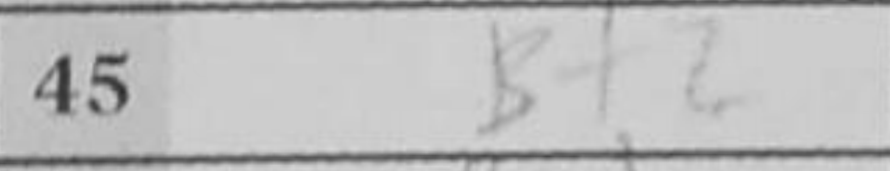
Transcription: Bf2